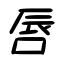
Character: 唇